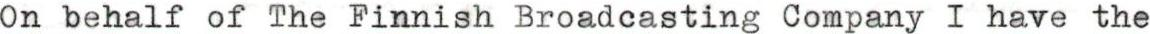
On behalf of The Finnish Broadcasting Company I have the